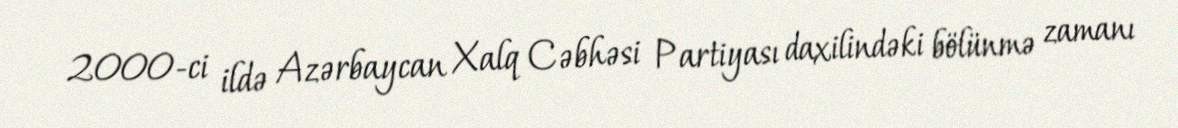
2000-ci ildə Azərbaycan Xalq Cəbhəsi Partiyası daxilindəki bölünmə zamanı